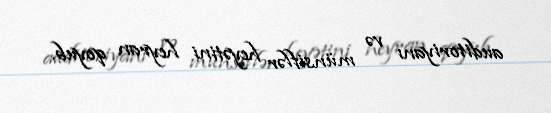
auditoriyanı və münsiflər heyətini heyran qoyub.